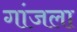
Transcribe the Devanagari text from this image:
गांजला